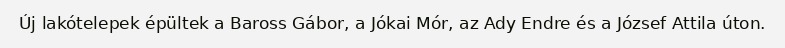
Új lakótelepek épültek a Baross Gábor, a Jókai Mór, az Ady Endre és a József Attila úton.